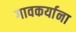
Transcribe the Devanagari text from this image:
गावकर्याना